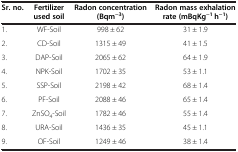
<table><thead><tr><td><b>Sr. no.</b></td><td><b>Fertilizer used soil</b></td><td><b>Radon concentration (Bqm<sup>−3</sup>)</b></td><td><b>Radon mass exhalation rate (mBqKg<sup>−1</sup> h<sup>−1</sup>)</b></td></tr></thead><tbody><tr><td>1.</td><td>WF-Soil</td><td>998 ± 62</td><td>31 ± 1.9</td></tr><tr><td>2.</td><td>CD-Soil</td><td>1315 ± 49</td><td>41 ± 1.5</td></tr><tr><td>3.</td><td>DAP-Soil</td><td>2065 ± 62</td><td>64 ± 1.9</td></tr><tr><td>4.</td><td>NPK-Soil</td><td>1702 ± 35</td><td>53 ± 1.1</td></tr><tr><td>5.</td><td>SSP-Soil</td><td>2198 ± 42</td><td>68 ± 1.4</td></tr><tr><td>6.</td><td>PF-Soil</td><td>2088 ± 46</td><td>65 ± 1.4</td></tr><tr><td>7.</td><td>ZnSO<sub>4</sub>-Soil</td><td>1782 ± 46</td><td>55 ± 1.4</td></tr><tr><td>8.</td><td>URA-Soil</td><td>1436 ± 35</td><td>45 ± 1.1</td></tr><tr><td>9.</td><td>OF-Soil</td><td>1249 ± 46</td><td>38 ± 1.4</td></tr></tbody></table>